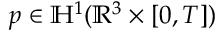
p \in \mathbb { H } ^ { 1 } ( \mathbb { R } ^ { 3 } \times [ 0 , T ] )